Report on vaccination in Madras 1904-1921 - 1904-1921
Year: 1904
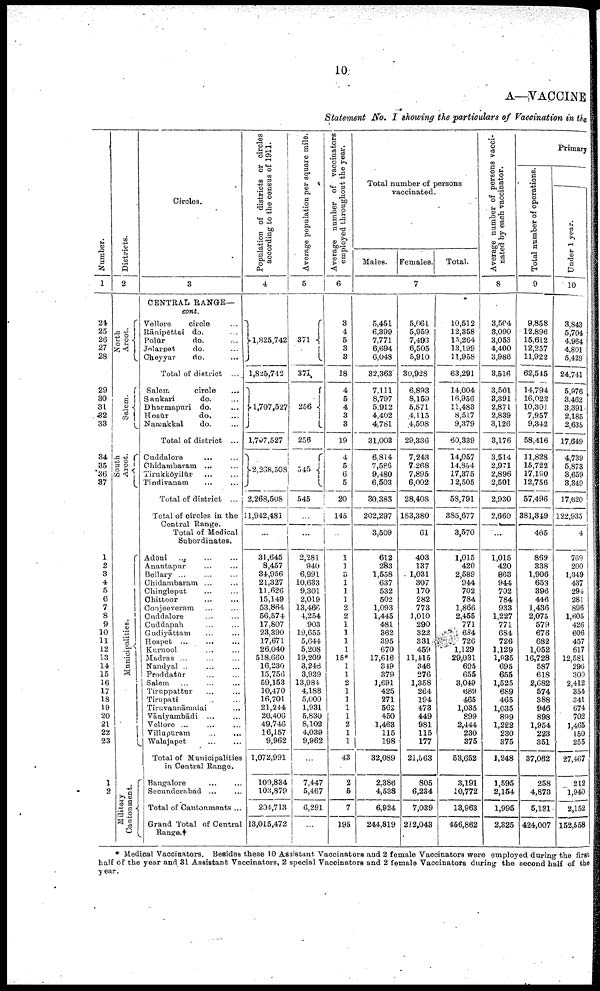
10
A—VACCINE
Statement No. I showing the particulars of Vaccination in the
Number.
1
24
25
26
27
28
29
30
31
32
33
34
35
36
37
1
2
3
4
5
6
7
8
9
10
11
12
13
14
15
16
17
18
19
20
21
22
23
1
2
Districts.
2
North
Arcot.
Salem.
South
Arcot.
Municipalities.
Military
Cantonment.
Circles.
3
CENTRAL RANGE—
cont.
Vellore
circle ...
Rānipēttai do. ...
Polūr
do. ...
Jolarpet
do. ...
Cheyyar
do.
...
Total of district ...
Salem
circle ...
Sankari
do. ...
Dharmapuri do. ...
Hosūr
do. ...
Namakkal
do. ...
Total of district ...
Cuddalore ... ...
Chidambaram
...
...
Tirukkōyilūr ... ...
Tindivanam
... ...
Total of district ...
Total of circles in the
Central Range.
Total of Medical
Subordinates.
Adōni
...
...
...
Anantapur ... ...
Bellary ... ... ...
Chidambaram ... ...
Chingleput ... ...
Chittoor
...
...
Conjeeveram ... ...
Cuddalore ... ...
Cuddapah ... ...
Gudiyāttam ... ...
Hospet ... ... ...
Kurnool ... ... ...
Madras ... ... ...
Nandyal ... ... ...
Proddatūr ... ...
Salem ... ... ...
Tiruppattur ... ...
Tirupati ... ...
Tiruvannāmalai ...
Vāniyambādi ... ...
Vellore ... ... ...
Villupuram
...
...
Walajapet
...
...
Total of Municipalities
in Central Range.
Bangalore ... ...
Secunderabad ... ...
Total of Cantonments ...
Grand Total of Central
Range.†
Population of districts or circles
according to the census of 1911.
4
1,825,742
1,825,742
1,707,527
1,707,527
2,268,503
2,268,508
11,942,481
...
31,645
8,457
34,956
21,327
11,626
15,149
53,864
56,574
17,807
23,390
17,671
26,040
518,660
16,230
15,756
59,153
10,470
16,701
21,244
20,406
49,746
16,157
9,962
1,072,991
100,834
103,879
204,713
13,015,472
Average population per square mile.
5
371
371
256
256
545
545
...
...
2,281
940
6,991
10,633
9,301
2,019
13,466
4,254
903
19,655
5,644
5,208
19,209
3,246
3,939
13,984
4,188
5,000
1,931
5,830
8,102
4,039
9,962
...
7,447
5,467
6,291
...
Average number of vaccinators
employed throughout the year.
6
3
4
5
3
3
18
4
5
4
3
3
19
4
5
6
5
20
145
...
1
1
3
1
1
1
2
2
1
1
1
1
15*
1
1
2
1
1
1
1
2
1
1
43
2
5
7
195
Total number of persons
vaccinated.
Males.
Females.
Total.
7
5,451
6,399
7,771
6,694
6,048
32,363
7,111
8,797
5,912
4,402
4,781
31,003
6,814
7,586
9,480
6,503
30,383
202,297
3,509
612
283
1,558
637
532
502
1,093
1,445
481
362
395
670
17,616
349
379
1,691
425
271
562
450
1,463
115
198
32,089
2,386
4,538
6,924
244,819
5,061
5,959
7,493
6,505
5,910
30,928
6,893
8,159
5,571
4,115
4,598
29,336
7,243
7,268
7,895
6,002
28,408
183,380
61
403
137
1,031
307
170
282
773
1,010
290
322
331
459
11,415
346
276
1,358
264
194
473
449
981
115
177
21,563
805
6,234
7,039
212,048
10,512
12,358
15,264
13,199
11,958
63,291
14,004
16,956
11,483
8,517
9,379
60,339
14,057
14,854
17,375
12,505
58,791
385,677
3,570
1,015
420
2,589
944
702
784
1,866
2,455
771
684
726
1,129
29,031
695
655
3,049
689
465
1,035
899
2,444
230
375
53,652
3,191
10,772
13,963
456,862
Average number of persons vacci
nated by each vaccinator.
8
3,504
3,090
3,053
4,400
3,986
3,516
3,501
3,391
2,871
2,839
3,126
3,176
3,514
2,971
2,896
2,501
2,930
2,660
...
1,015
420
863
944
702
784
933
1,227
771
684
726
1,129
1,935
695
655
1,525
689
465
1,035
899
1,222
230
375
1,248
1,595
2,154
1,995
2,325
Primary
Total number of operations.
9
9,858
12,896
15,612
12,257
11,922
62,545
14,794
16,022
10,301
7,957
9,342
58,416
11,828
15,722
17,190
12,756
57,496
381,849
465
869
338
1,906
653
396
446
1,436
2,075
579
676
682
1,052
16,728
587
618
2,682
574
388
946
898
1,954
223
351
37,062
258
4,873
5,131
424,007
Under 1 year.
10
3,843
5,704
4,964
4,801
5,429
24,741
5,976
3,462
3,391
2,185
2,635
17,649
4,739
5,873
8,659
3,349
17,620
122,935
4
769
200
1,349
437
294
281
896
1,605
426
606
457
617
12,581
296
300
2,412
354
341
674
702
1,465
150
255
27,467
212
1,940
2,152
152,558
* Medical Vaccinators. Besides these 10 Assistant Vaccinators and 2 female Vaccinators were employed during the first
half of the year and 31 Assistant Vaccinators, 2 special Vaccinators and 2 female Vaccinators during the second half of the
year.